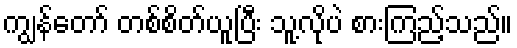
ကျွန်တော် တစ်စိတ်ယူပြီး သူ့လိုပဲ စားကြည့်သည်။